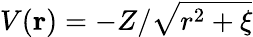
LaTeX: V(\textbf{r})=-Z/\sqrt{r^{2}+\xi}